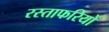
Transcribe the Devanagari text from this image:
रस्ताफरियों